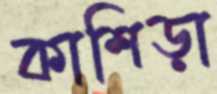
কাশিড়া